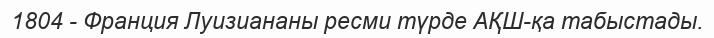
1804 - Франция Луизиананы ресми түрде АҚШ-қа табыстады.